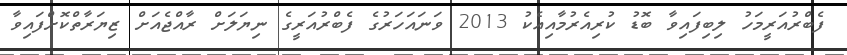
ފެބްރުއަރީމަހު ލިބިފައިވާ ބޮޑު ކުރިއެރުމާއިއެކު 2013 ވަނައަހަރުގެ ފެބްރުއަރީގެ ނިޔަލަށް ރާއްޖެއަށް ޒިޔަރާތްކޮށްފައިވާ